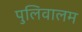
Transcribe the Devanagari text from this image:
पुलिवालम